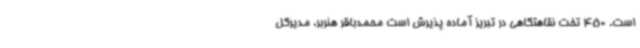
است. 450 تخت نقاهتگاهی در تبریز آماده پذیرش است محمدباقر هنربر، مدیرکل